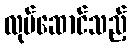
လုပ်ဆောင်သည့်